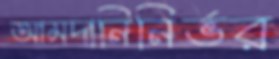
আমদানিনির্ভর